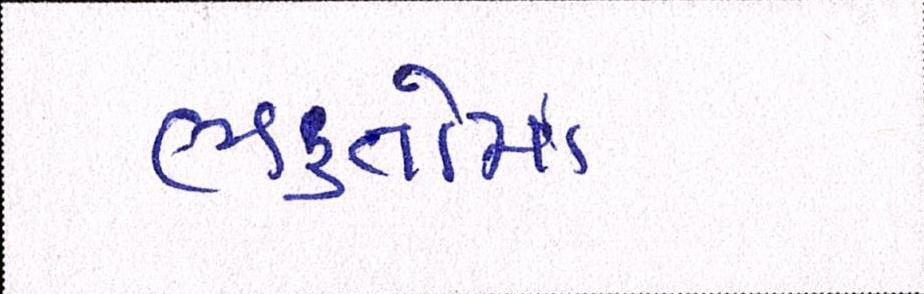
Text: ભકતોમાં